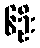
၆ဦး